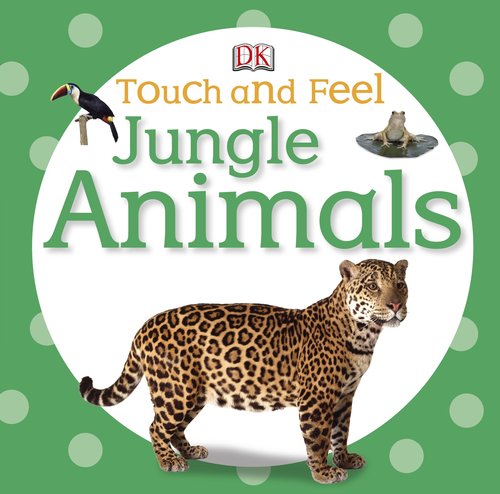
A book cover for Touch and Feel: Jungle Animals (Touch & Feel); DK Publishing; Children's Books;